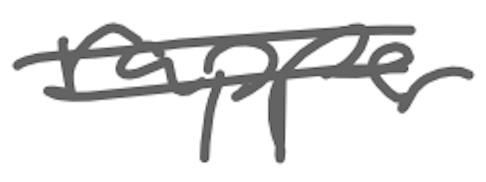
Text: rapper
Cross-out: mix
Writing tool: digital_gray